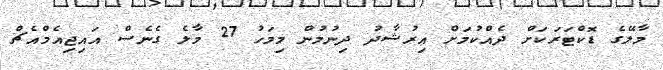
މާލޭގެ ޑޮކްޓަރަކަށް ދެއްކުމަށް އިރުޝާދު ދިނުމުން މިމަހު 27 މާލެ ގެނެސް އައިޖިއެމްއެޗް